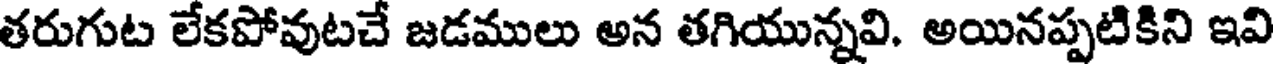
తరుగుట లేకపోవుటచే జడములు అన తగియున్నవి. అయినప్పటికిని ఇవి